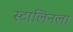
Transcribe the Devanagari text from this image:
स्टालिनला